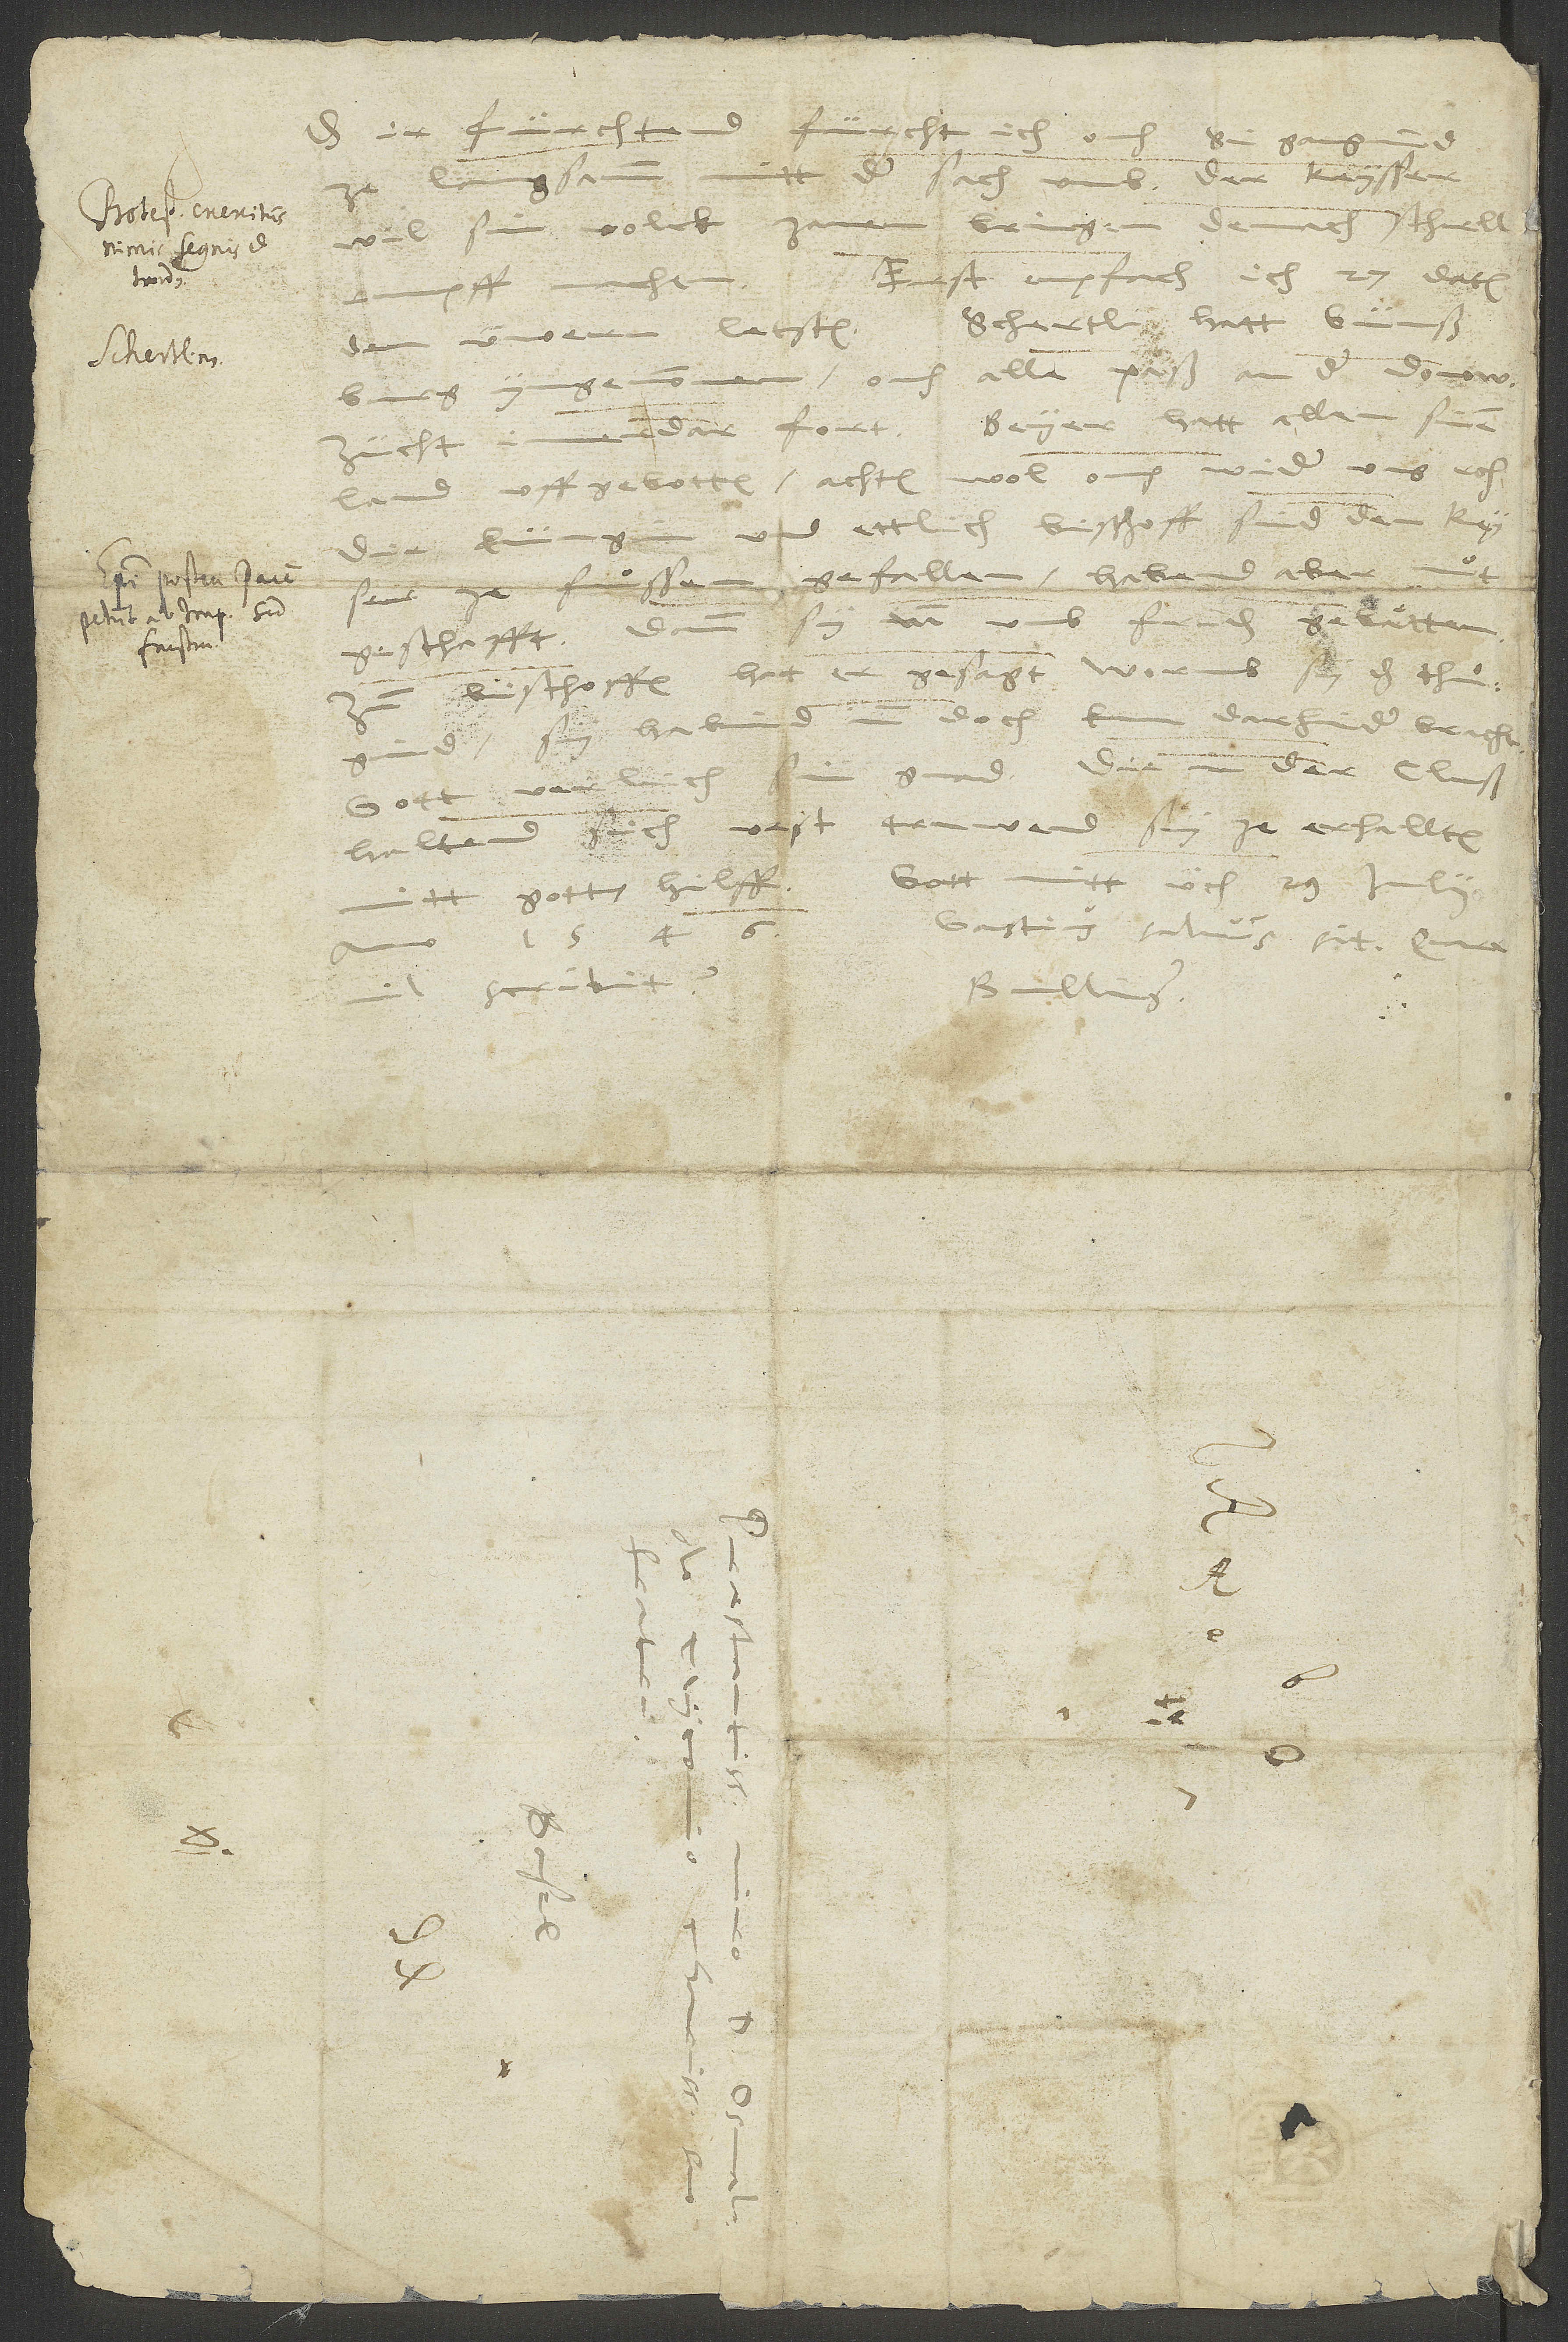
fürcht
Das ir fürchtend,
ich ouch, si gangind
sach umb. Der keysser
volck
bringen, denach schnell
wil sin
Erst empfach ich 27. datum
Schertli hatt Günßburg
den üwern letsten.
alle paͤß an der Donow.
yngenommen, ouch
Beyer hatt allem sinem
Zücht immerdar fort.
uffgebotten. Achten wol, ouch wider uns, etc.
und ettlich bischoff sind dem keyser
fuͦssen gefallen. Habend aber
geschafft; dann sy inn umb friden gebaͤtten.
bischoffen hat er gesagt, worumb sy das thuͦgind:
Sy habind inn doch kun darhinder bracht.
gnad. Die in der Cluß
Gott verlich sin
haltend sich vest. Truwend sy ze erhallten
Gott mitt üch. 29. iulii
mitt gotts hilff.
1546.
Gastius salvus sit. Quare
Bullinger.
d.
d.